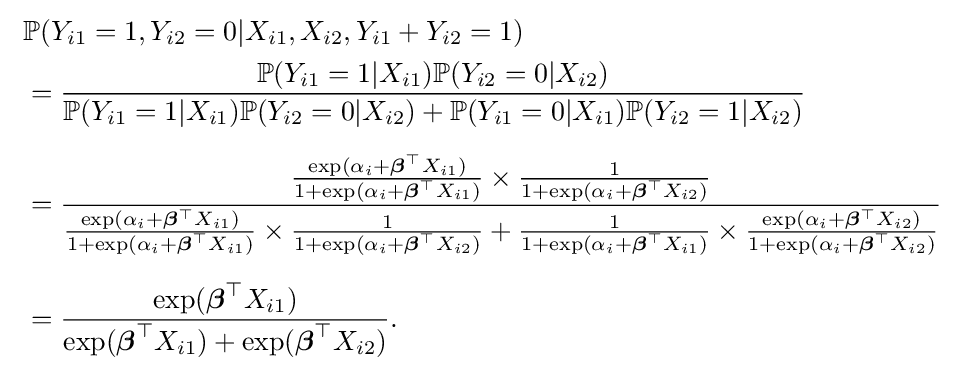
{\begin{aligned}&\mathbb {P} (Y_{i1}=1,Y_{i2}=0|X_{i1},X_{i2},Y_{i1}+Y_{i2}=1)\\&={\frac {\mathbb {P} (Y_{i1}=1|X_{i1})\mathbb {P} (Y_{i2}=0|X_{i2})}{\mathbb {P} (Y_{i1}=1|X_{i1})\mathbb {P} (Y_{i2}=0|X_{i2})+\mathbb {P} (Y_{i1}=0|X_{i1})\mathbb {P} (Y_{i2}=1|X_{i2})}}\\[6pt]\ &={\frac {{\frac {\exp(\alpha _{i}+{\boldsymbol {\beta }}^{\top }X_{i1})}{1+\exp(\alpha _{i}+{\boldsymbol {\beta }}^{\top }X_{i1})}}\times {\frac {1}{1+\exp(\alpha _{i}+{\boldsymbol {\beta }}^{\top }X_{i2})}}}{{\frac {\exp(\alpha _{i}+{\boldsymbol {\beta }}^{\top }X_{i1})}{1+\exp(\alpha _{i}+{\boldsymbol {\beta }}^{\top }X_{i1})}}\times {\frac {1}{1+\exp(\alpha _{i}+{\boldsymbol {\beta }}^{\top }X_{i2})}}+{\frac {1}{1+\exp(\alpha _{i}+{\boldsymbol {\beta }}^{\top }X_{i1})}}\times {\frac {\exp(\alpha _{i}+{\boldsymbol {\beta }}^{\top }X_{i2})}{1+\exp(\alpha _{i}+{\boldsymbol {\beta }}^{\top }X_{i2})}}}}\\[6pt]\ &={\frac {\exp({\boldsymbol {\beta }}^{\top }X_{i1})}{\exp({\boldsymbol {\beta }}^{\top }X_{i1})+\exp({\boldsymbol {\beta }}^{\top }X_{i2})}}.\\[6pt]\end{aligned}}